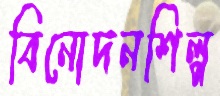
বিনোদনশিল্প